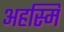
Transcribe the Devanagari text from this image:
अहस्मि